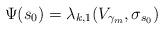
LaTeX: \begin{align*}\Psi(s_0) = \lambda_{k,1}(V_{\gamma_m},\sigma_{s_0})\end{align*}